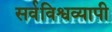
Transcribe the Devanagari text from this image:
सर्वविश्वव्यापी